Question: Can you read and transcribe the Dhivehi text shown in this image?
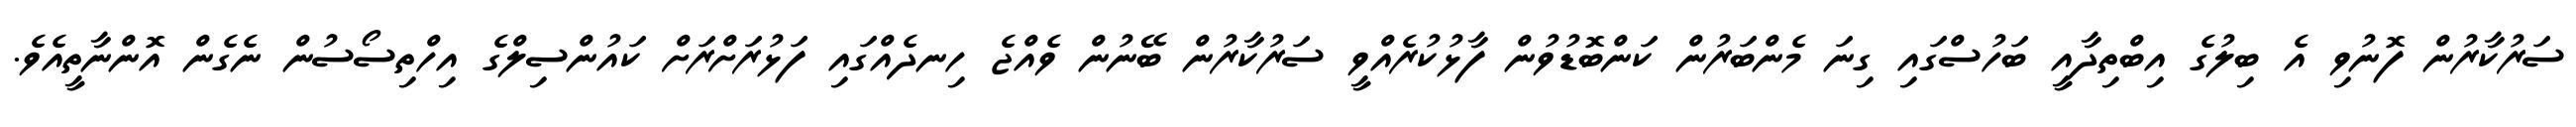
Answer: ސަރުކާރުން ފޮނުވި އެ ބިލުގެ އިބްތިދާއީ ބަހުސްގައި ގިނަ މެންބަރުން ކަންބޮޑުވުން ފާޅުކުރެއްވީ ސަރުކާރުން ބޭނުން ވެއްޖެ ހިނދެއްގައި ފަޅުރަށްރަށް ކައުންސިލްގެ އިހްތިސޯސުން ނެގެން އޮންނާތީއެވެ.